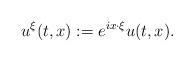
LaTeX: \begin{align*} u^{\xi}(t,x):= e^{ix\cdot \xi} u(t,x).\end{align*}